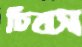
চিবস